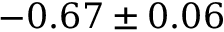
- 0 . 6 7 \pm 0 . 0 6